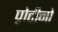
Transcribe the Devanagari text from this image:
प्रोटीनो